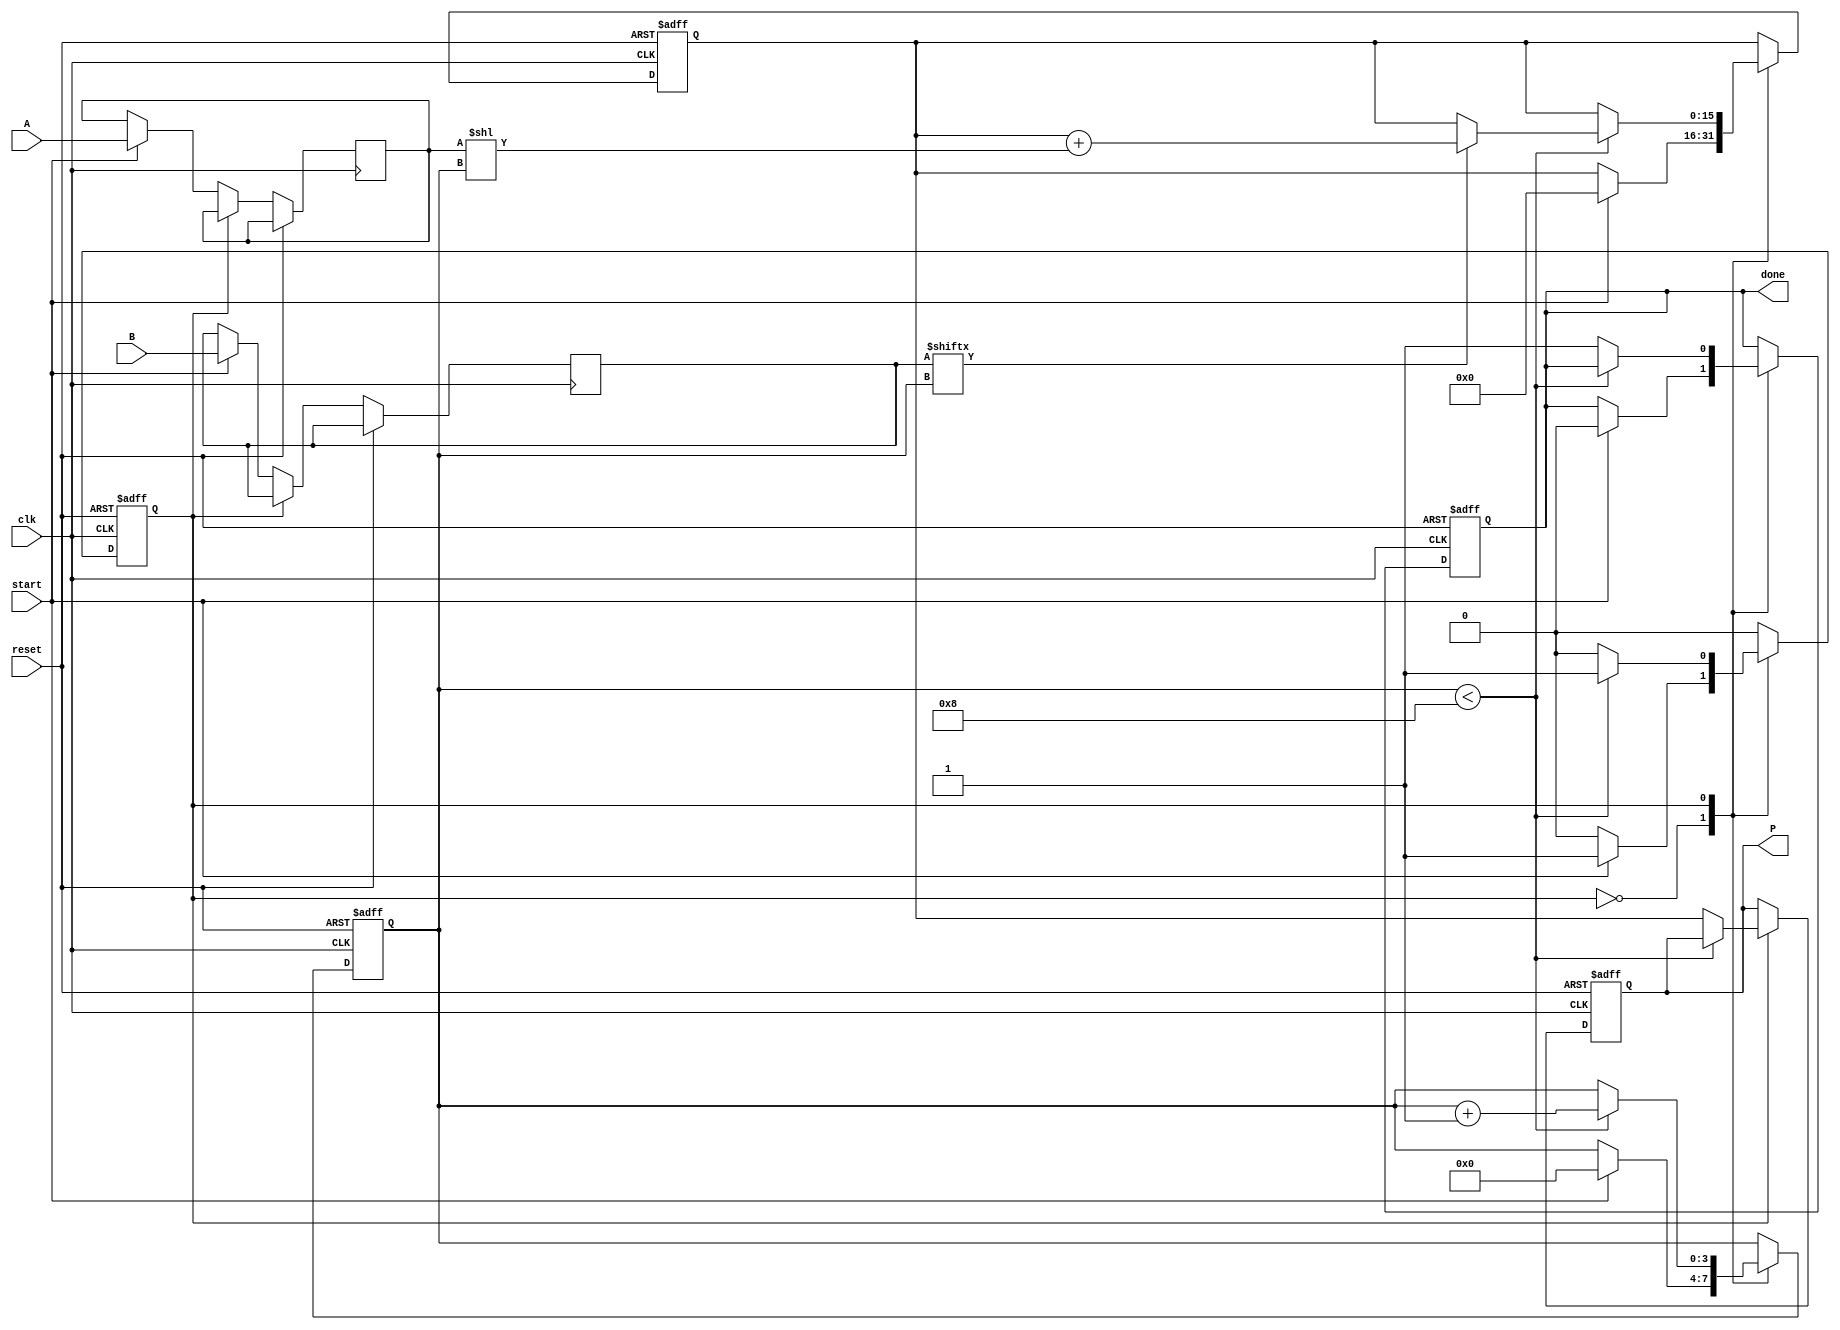
module radix2_multiplier #(parameter N = 8) (
    input wire [N-1:0] A,        // Multiplicand
    input wire [N-1:0] B,        // Multiplier
    input wire start,             // Control signal to initiate multiplication
    input wire clk,               // Clock signal
    input wire reset,             // Reset signal
    output reg [2*N-1:0] P,       // Product output
    output reg done               // Signal to indicate multiplication is complete
);

    reg [N-1:0] multiplicand;
    reg [N-1:0] multiplier;
    reg [2*N-1:0] partial_product;
    reg [3:0] count;              // Counter for the number of bits processed
    reg state;                    // State variable for FSM

    localparam IDLE = 1'b0;
    localparam RUN  = 1'b1;

    always @(posedge clk or posedge reset) begin
        if (reset) begin
            P <= 0;
            partial_product <= 0;
            count <= 0;
            done <= 0;
            state <= IDLE;
        end else begin
            case (state)
                IDLE: begin
                    if (start) begin
                        multiplicand <= A;
                        multiplier <= B;
                        partial_product <= 0;
                        count <= 0;
                        done <= 0;
                        state <= RUN;
                    end
                end

                RUN: begin
                    if (count < N) begin
                        if (multiplier[count]) begin
                            partial_product <= partial_product + (multiplicand << count);
                        end
                        count <= count + 1;
                    end else begin
                        P <= partial_product;
                        done <= 1;
                        state <= IDLE; // Go back to IDLE after completion
                    end
                end
            endcase
        end
    end
endmodule